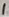
Text: 1